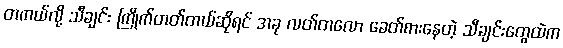
တကယ်လို့ သီချင်း ကြိုက်တတ်တယ်ဆိုရင် အခု လတ်တလော ခေတ်စားနေတဲ့ သီချင်းတွေထဲက